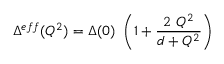
\Delta ^ { e f f } ( Q ^ { 2 } ) = \Delta ( 0 ) ~ \left( 1 + \frac { 2 ~ Q ^ { 2 } } { d + Q ^ { 2 } } \right)